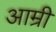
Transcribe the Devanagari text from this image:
आम्री